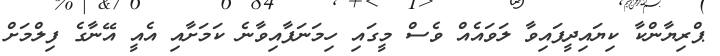
ޕްރިޔާންކާ ކިޔައިދީފައިވާ ލަވައެއް ވެސް މީގައި ހިމަނަފާއިވާނެ ކަމަށާއި އެއީ އޭނާގެ ފިލްމަށް